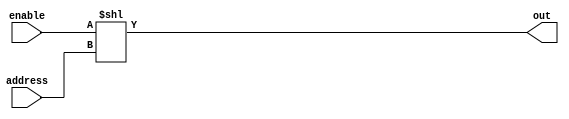
//------------------------------------------------------------------------------
// MIPS register file
//   width: 32 bits
//   depth: 32 words (reg[0] is static zero register)
//   2 asynchronous read ports
//   1 synchronous, positive edge triggered write port
//------------------------------------------------------------------------------

// 32 bit decoder with enable signal
//   enable=0: all output bits are 0
//   enable=1: out[address] is 1, all other outputs are 0
module decoder1to32
(
output[31:0]  out,
input         enable,
input[4:0]    address
);
    assign out = enable<<address;
endmodule

module register32
(
  output reg[31:0] qout,
  input[31:0] din,
  input wrenable,
  input clk
  );

  always @(posedge clk) begin
      if(wrenable) begin
          qout <= din;
      end
  end
endmodule

module register32zero
(
  output [31:0] qout,
  input[31:0] din,
  input wrenable,
  input clk
  );

 	assign qout = 32'h0;
endmodule

module register32sp
(
  output reg[31:0] qout,
  input[31:0] din,
  input wrenable,
  input clk
  );

  always @(posedge clk) begin
      if(wrenable) begin
          qout <= din;
      end
  end
	initial qout = 32'h3ffc;
endmodule

module mux32to1by32
(
output[31:0]  out,
input[4:0]    address,
input[31:0]   input0, input1, input2, input3, input4, input5, input6, input7, input8, input9, input10, input11, input12, input13, input14, input15, input16, input17, input18, input19, input20, input21, input22, input23, input24, input25, input26, input27, input28, input29, input30, input31
);

  wire[31:0] mux[31:0];			// Create a 2D array of wires
  assign mux[0] = input0;
  assign mux[1] = input1;
  assign mux[2] = input2;
  assign mux[3] = input3;
  assign mux[4] = input4;
  assign mux[5] = input5;
  assign mux[6] = input6;
  assign mux[7] = input7;
  assign mux[8] = input8;
  assign mux[9] = input9;
  assign mux[10] = input10;
  assign mux[11] = input11;
  assign mux[12] = input12;
  assign mux[13] = input13;
  assign mux[14] = input14;
  assign mux[15] = input15;
  assign mux[16] = input16;
  assign mux[17] = input17;
  assign mux[18] = input18;
  assign mux[19] = input19;
  assign mux[20] = input20;
  assign mux[21] = input21;
  assign mux[22] = input22;
  assign mux[23] = input23;
  assign mux[24] = input24;
  assign mux[25] = input25;
  assign mux[26] = input26;
  assign mux[27] = input27;
  assign mux[28] = input28;
  assign mux[29] = input29;
  assign mux[30] = input30;
  assign mux[31] = input31;


  assign out = mux[address];	// Connect the output of the array
endmodule

module regfile
(
output[31:0]	ReadData1,	// Contents of first register read
output[31:0]	ReadData2,	// Contents of second register read
input[31:0]	WriteData,	// Contents to write to register
input[4:0]	ReadRegister1,	// Address of first register to read
input[4:0]	ReadRegister2,	// Address of second register to read
input[4:0]	WriteRegister,	// Address of register to write
input		RegWrite,	// Enable writing of register when High
input		Clk		// Clock (Positive Edge Triggered)
);

  wire[31:0] input0, input1, input2, input3, input4, input5, input6, input7, input8, input9, input10, input11, input12, input13, input14, input15, input16, input17, input18, input19, input20, input21, input22, input23, input24, input25, input26, input27, input28, input29, input30, input31;
  wire[31:0] writeEnable;
  wire[31:0] outputs;
  decoder1to32 dec0(writeEnable, RegWrite, WriteRegister);

  register32zero reg0(input0, WriteData,writeEnable[0], Clk);
  register32 reg1(input1, WriteData,writeEnable[1], Clk);
  register32 reg2(input2, WriteData,writeEnable[2], Clk);
  register32 reg3(input3, WriteData,writeEnable[3], Clk);
  register32 reg4(input4, WriteData,writeEnable[4], Clk);
  register32 reg5(input5, WriteData,writeEnable[5], Clk);
  register32 reg6(input6, WriteData,writeEnable[6], Clk);
  register32 reg7(input7, WriteData,writeEnable[7], Clk);
  register32 reg8(input8, WriteData,writeEnable[8], Clk);
  register32 reg9(input9, WriteData,writeEnable[9], Clk);
  register32 reg10(input10, WriteData,writeEnable[10], Clk);
  register32 reg11(input11, WriteData,writeEnable[11], Clk);
  register32 reg12(input12, WriteData,writeEnable[12], Clk);
  register32 reg13(input13, WriteData,writeEnable[13], Clk);
  register32 reg14(input14, WriteData,writeEnable[14], Clk);
  register32 reg15(input15, WriteData,writeEnable[15], Clk);
  register32 reg16(input16, WriteData,writeEnable[16], Clk);
  register32 reg17(input17, WriteData,writeEnable[17], Clk);
  register32 reg18(input18, WriteData,writeEnable[18], Clk);
  register32 reg19(input19, WriteData,writeEnable[19], Clk);
  register32 reg20(input20, WriteData,writeEnable[20], Clk);
  register32 reg21(input21, WriteData,writeEnable[21], Clk);
  register32 reg22(input22, WriteData,writeEnable[22], Clk);
  register32 reg23(input23, WriteData,writeEnable[23], Clk);
  register32 reg24(input24, WriteData,writeEnable[24], Clk);
  register32 reg25(input25, WriteData,writeEnable[25], Clk);
  register32 reg26(input26, WriteData,writeEnable[26], Clk);
  register32 reg27(input27, WriteData,writeEnable[27], Clk);
  register32 reg28(input28, WriteData,writeEnable[28], Clk);
  register32sp reg29(input29, WriteData,writeEnable[29], Clk);
  register32 reg30(input30, WriteData,writeEnable[30], Clk);
  register32 reg31(input31, WriteData,writeEnable[31], Clk);
  // outputs <= input2;


  mux32to1by32 read1(ReadData1, ReadRegister1, input0, input1, input2, input3, input4, input5, input6, input7, input8, input9, input10, input11, input12, input13, input14, input15, input16, input17, input18, input19, input20, input21, input22, input23, input24, input25, input26, input27, input28, input29, input30, input31);
  mux32to1by32 read2(ReadData2, ReadRegister2, input0, input1, input2, input3, input4, input5, input6, input7, input8, input9, input10, input11, input12, input13, input14, input15, input16, input17, input18, input19, input20, input21, input22, input23, input24, input25, input26, input27, input28, input29, input30, input31);

endmodule